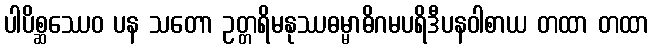
ပါပိစ္ဆဿေဝ ပန သတော ဥတ္တရိမနုဿဓမ္မာဓိဂမပရိဒီပနဝါစာယ တထာ တထာ